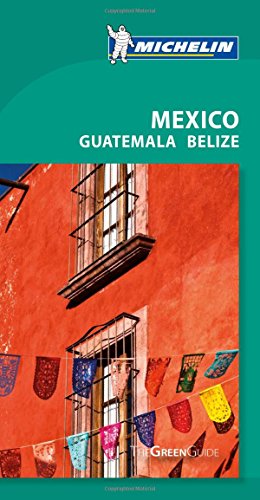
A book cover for Michelin Green Guide Mexico (Green Guide/Michelin); Michelin Travel & Lifestyle; Travel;